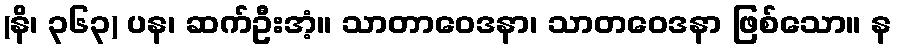
(နိ၊ ၃၆၃) ပန၊ ဆက်ဦးအံ့။ သာတာဝေဒနာ၊ သာတဝေဒနာ ဖြစ်သော။ န